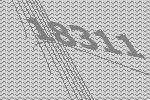
18311